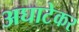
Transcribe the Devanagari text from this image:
अघाटेकर